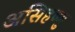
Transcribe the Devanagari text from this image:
असिहष्णु